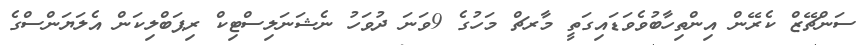
ސަންޗޭޒް ކެރޭން އިންތިހާބުވެވަޑައިގަތީ މާރޗް މަހުގެ 9ވަނަ ދުވަހު ނެޝަނަލިސްޓިކް ރިޕަބްލިކަން އެލަޔަންސްގެ